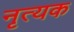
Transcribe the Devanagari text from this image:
नृत्यक